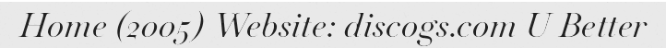
Home (2005) Website: discogs.com U Better